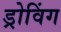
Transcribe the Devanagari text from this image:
ड्रोविंग